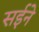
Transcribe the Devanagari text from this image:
सईने